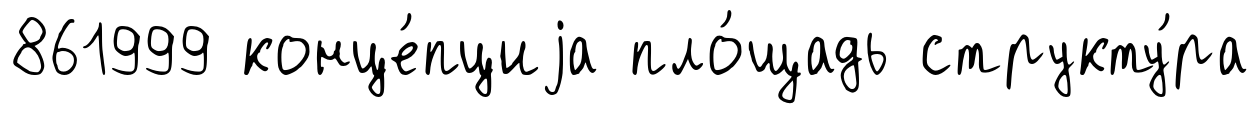
861999 конце́пциjа пло́щадь структу́ра